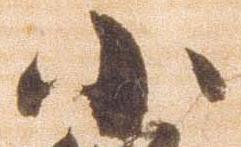
小